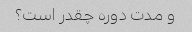
و مدت دوره چقدر است؟